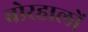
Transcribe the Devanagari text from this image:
बोरहालों